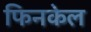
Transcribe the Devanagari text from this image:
फिनकेल